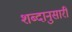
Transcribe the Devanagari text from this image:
शब्दानुसारी